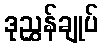
ဒုညွှန်ချုပ်